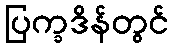
ပြက္ခဒိန်တွင်